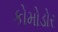
કોમોડોર